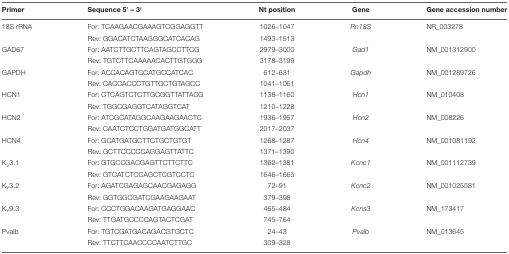
| Primer | Sequence 5′ – 3′ | Nt position | Gene | Gene accession number |
 | --- | --- | --- | --- | --- |
 | 18S rRNA | For: TCAAGAACGAAAGTCGGAGGTT | 1026–1047 | Rn18S | NR_003278 |
 |  | Rev: GGACATCTAAGGGCATCACAG | 1493–1513 |  |  |
 | GAD67 | For: AATCTTGCTTCAGTAGCCTTCG | 2979–3000 | Gad1 | NM_001312900 |
 |  | Rev: TGTCTTCAAAAACACTTGTGGG | 3178–3199 |  |  |
 | GAPDH | For: ACCACAGTCCATGCCATCAC | 612–631 | Gapdh | NM_001289726 |
 |  | Rev: CACCACCCTGTTGCTGTAGCC | 1041–1061 |  |  |
 | HCN1 | For: CTCAGTCTCTTGCGGTTATTACG | 1138–1160 | Hcn1 | NM_010408 |
 |  | Rev: TGGCGAGGTCATAGGTCAT | 1210–1228 |  |  |
 | HCN2 | For: ATCGCATAGGCAAGAAGAACTC | 1936–1957 | Hcn2 | NM_008226 |
 |  | Rev: CAATCTCCTGGATGATGGCATT | 2017–2037 |  |  |
 | HCN4 | For: GCATGATGCTTCTGCTGTGT | 1268–1287 | Hcn4 | NM_001081192 |
 |  | Rev: GCTTCCCCCAGGAGTTATTC | 1371–1390 |  |  |
 | Kv3.1 | For: GTGCCGACGAGTTCTTCTTC | 1362–1381 | Kcnc1 | NM_001112739 |
 |  | Rev: GTCATCTCCAGCTCGTCCTC | 1646–1665 |  |  |
 | Kv3.2 | For: AGATCGAGAGCAACGAGAGG | 72–91 | Kcnc2 | NM_001025581 |
 |  | Rev: GGTGGCGATCGAAGAAGAAT | 379–398 |  |  |
 | Kv9.3 | For: CCCTGGACAAGATGAGGAAC | 465–484 | Kcns3 | NM_173417 |
 |  | Rev: TTGATGCCCCAGTACTCGAT | 745–764 |  |  |
 | Pvalb | For: TGTCGATGACAGACGTGCTC | 24–43 | Pvalb | NM_013645 |
 |  | Rev: TTCTTCAACCCCAATCTTGC | 309–328 |  |  |